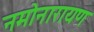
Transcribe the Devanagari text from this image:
नमोनारायण